Indian journal of veterinary science and animal husbandry - Volume 11,
Year: 1941
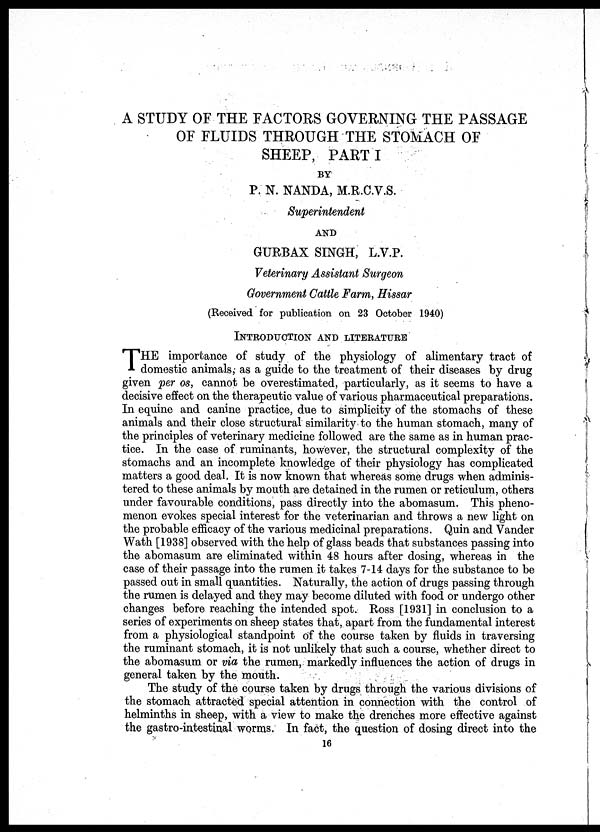
A STUDY OF THE FACTORS GOVERNING THE PASSAGE
OF FLUIDS THROUGH THE STOMACH OF
SHEEP, PART I
BY
P. N. NANDA, M.R.C.V.S.
Superintendent
AND
GURBAX SINGH, L.V.P.
Veterinary Assistant Surgeon
Government Cattle Farm, Hissar
(Received for publication on 23 October 1940)
INTRODUCTION AND LITERATURE
T HE importance of study of the physiology of alimentary tract of
domestic animals; as a guide to the treatment of their diseases by drug
given per os, cannot be overestimated, particularly, as it seems to have a
decisive effect on the therapeutic value of various pharmaceutical preparations.
In equine and canine practice, due to simplicity of the stomachs of these
animals and their close structural similarity to the human stomach, many of
the principles of veterinary medicine followed are the same as in human prac-
tice. In the case of ruminants, however, the structural complexity of the
stomachs and an incomplete knowledge of their physiology has complicated
matters a good deal. It is now known that whereas some drugs when adminis-
tered to these animals by mouth are detained in the rumen or reticulum, others
under favourable conditions, pass directly into the abomasum. This pheno-
menon evokes special interest for the veterinarian and throws a new light on
the probable efficacy of the various medicinal preparations. Quin and Vander
Wath [1938] observed with the help of glass beads that substances passing into
the abomasum are eliminated within 48 hours after dosing, whereas in the
case of their passage into the rumen it takes 7-14 days for the substance to be
passed out in small quantities. Naturally, the action of drugs passing through
the rumen is delayed and they may become diluted with food or undergo other
changes before reaching the intended spot. Ross [1931] in conclusion to a
series of experiments on sheep states that, apart from the fundamental interest
from a physiological standpoint of the course taken by fluids in traversing
the ruminant stomach, it is not unlikely that such a course, whether direct to
the abomasum or via the rumen, markedly influences the action of drugs in
general taken by the mouth.
The study of the course taken by drugs through the various divisions of
the stomach attracted special attention in connection with the control of
helminths in sheep, with a view to make the drenches more effective against
the gastro-intestinal worms. In fact, the question of dosing direct into the
16